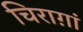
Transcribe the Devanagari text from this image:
चिराग़ां